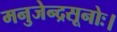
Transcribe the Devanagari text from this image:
मनुजेन्द्रसूनोः।